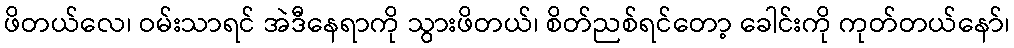
ဖိတယ်လေ၊ ဝမ်းသာရင် အဲဒီနေရာကို သွားဖိတယ်၊ စိတ်ညစ်ရင်တော့ ခေါင်းကို ကုတ်တယ်နော်၊